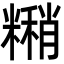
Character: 𬖹